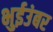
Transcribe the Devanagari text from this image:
भुईउंबर